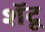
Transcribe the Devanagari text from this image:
शॅटू